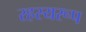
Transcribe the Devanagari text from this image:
रहस्यरूप